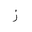
Letter: _zay